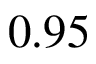
0 . 9 5